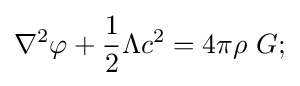
\nabla ^{2}\varphi +{\frac {1}{2}}\Lambda c^{2}=4\pi \rho \ G;